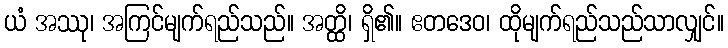
ယံ အဿု၊ အကြင်မျက်ရည်သည်။ အတ္ထိ၊ ရှိ၏။ ဧတဒေဝ၊ ထိုမျက်ရည်သည်သာလျှင်။